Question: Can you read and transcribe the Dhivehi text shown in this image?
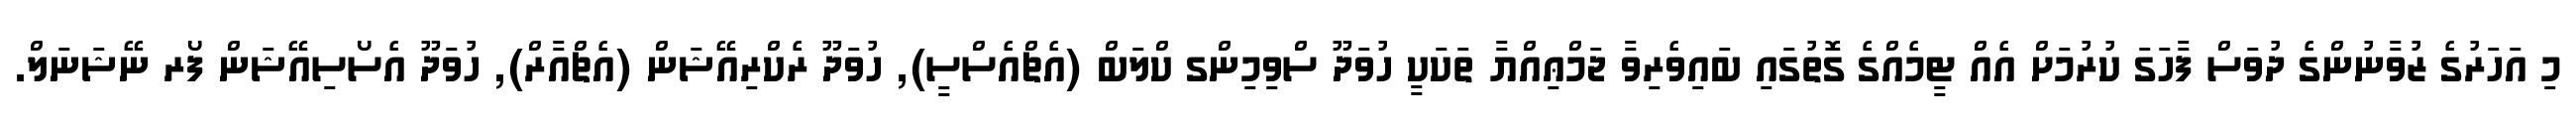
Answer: މި އަހަރުގެ ޒުވާނުންގެ ދުވަސް ފާހަގަ ކުރުމަށް އެއް ޓީމެއްގެ ގޮތުގައި ބައިވެރިވާ ޖަމްޢިއްޔާ ތަކަކީ ހުވަދޫ ސްވިމިންގ ކްލަބް (އެޗްއެސްސީ), ހުވަދޫ ރެކްރިއޭޝަން (އެޗްއާރް), ހުވަދޫ އެސޯސިއޭޝަން ފޯރ ނޭޝަނަލް.